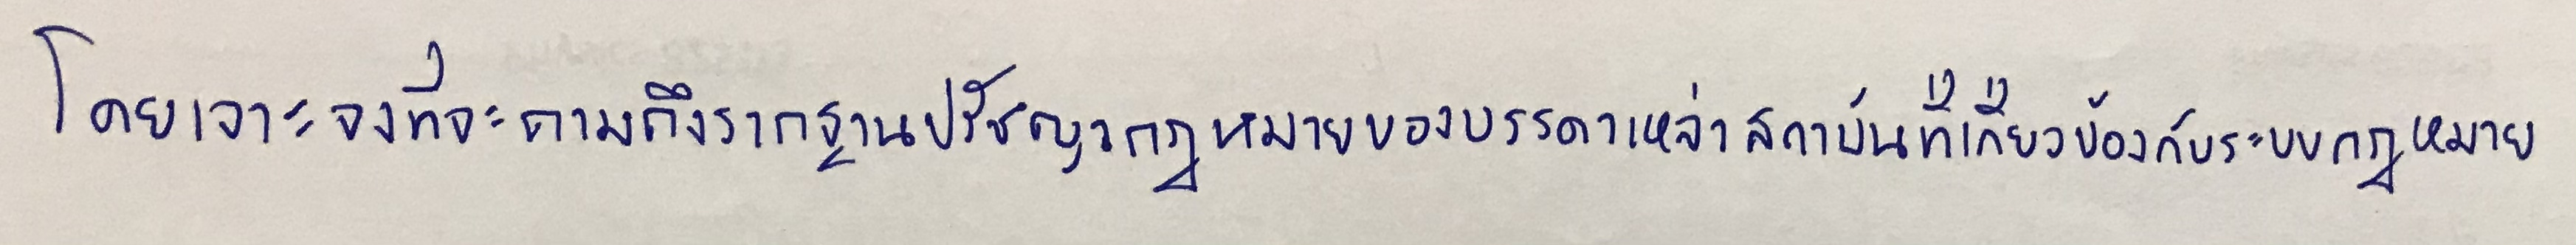
โดยเจาะจงที่จะถามถึงรากฐานปรัชญากฎหมายของบรรดาเหล่าสถาบันที่เกี่ยวข้องกับระบบกฎหมาย